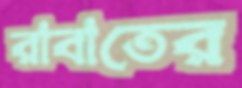
রাবাতের